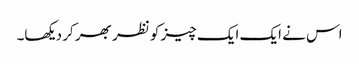
اس نے ایک ایک چیز کو نظر بھر کر دیکھا۔